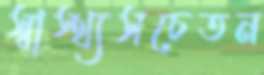
স্বাস্থ্যসচেতন